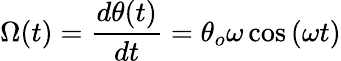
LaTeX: \Omega(t)=\frac{d\theta(t)}{dt}=\theta_{o}\omega\cos\left(\omega t\right)